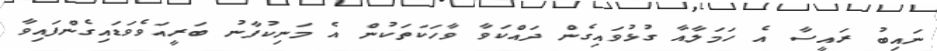
ނައިބު ރައީސާ އެ ހަމަލާއާ ގުޅުވައިގެން ދައްކަވާ ވާހަކަތަކުން އެ މަނިކުފާނު ބަރީއަވެވަޑައިގެންފައިވާ